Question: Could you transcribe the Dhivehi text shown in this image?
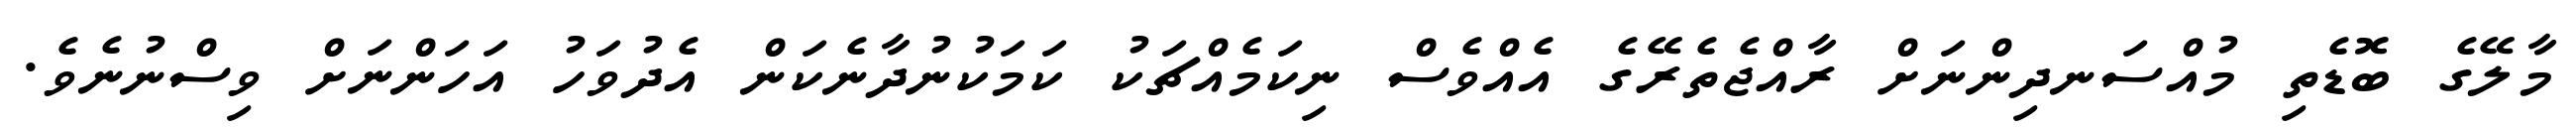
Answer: މާލޭގެ ބޮޑެތި މުއްސަނދިންނަށް ރާއްޖެތެރޭގެ އެއްވެސް ނިކަމެއްޗަކު ކަމަކުނުދާނެކަން އެދުވަހު އަހަންނަށް ވިސްނުނެވެ.